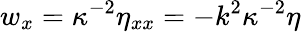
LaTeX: w_{x}=\kappa^{-2}\eta_{xx}=-k^{2}\kappa^{-2}\eta